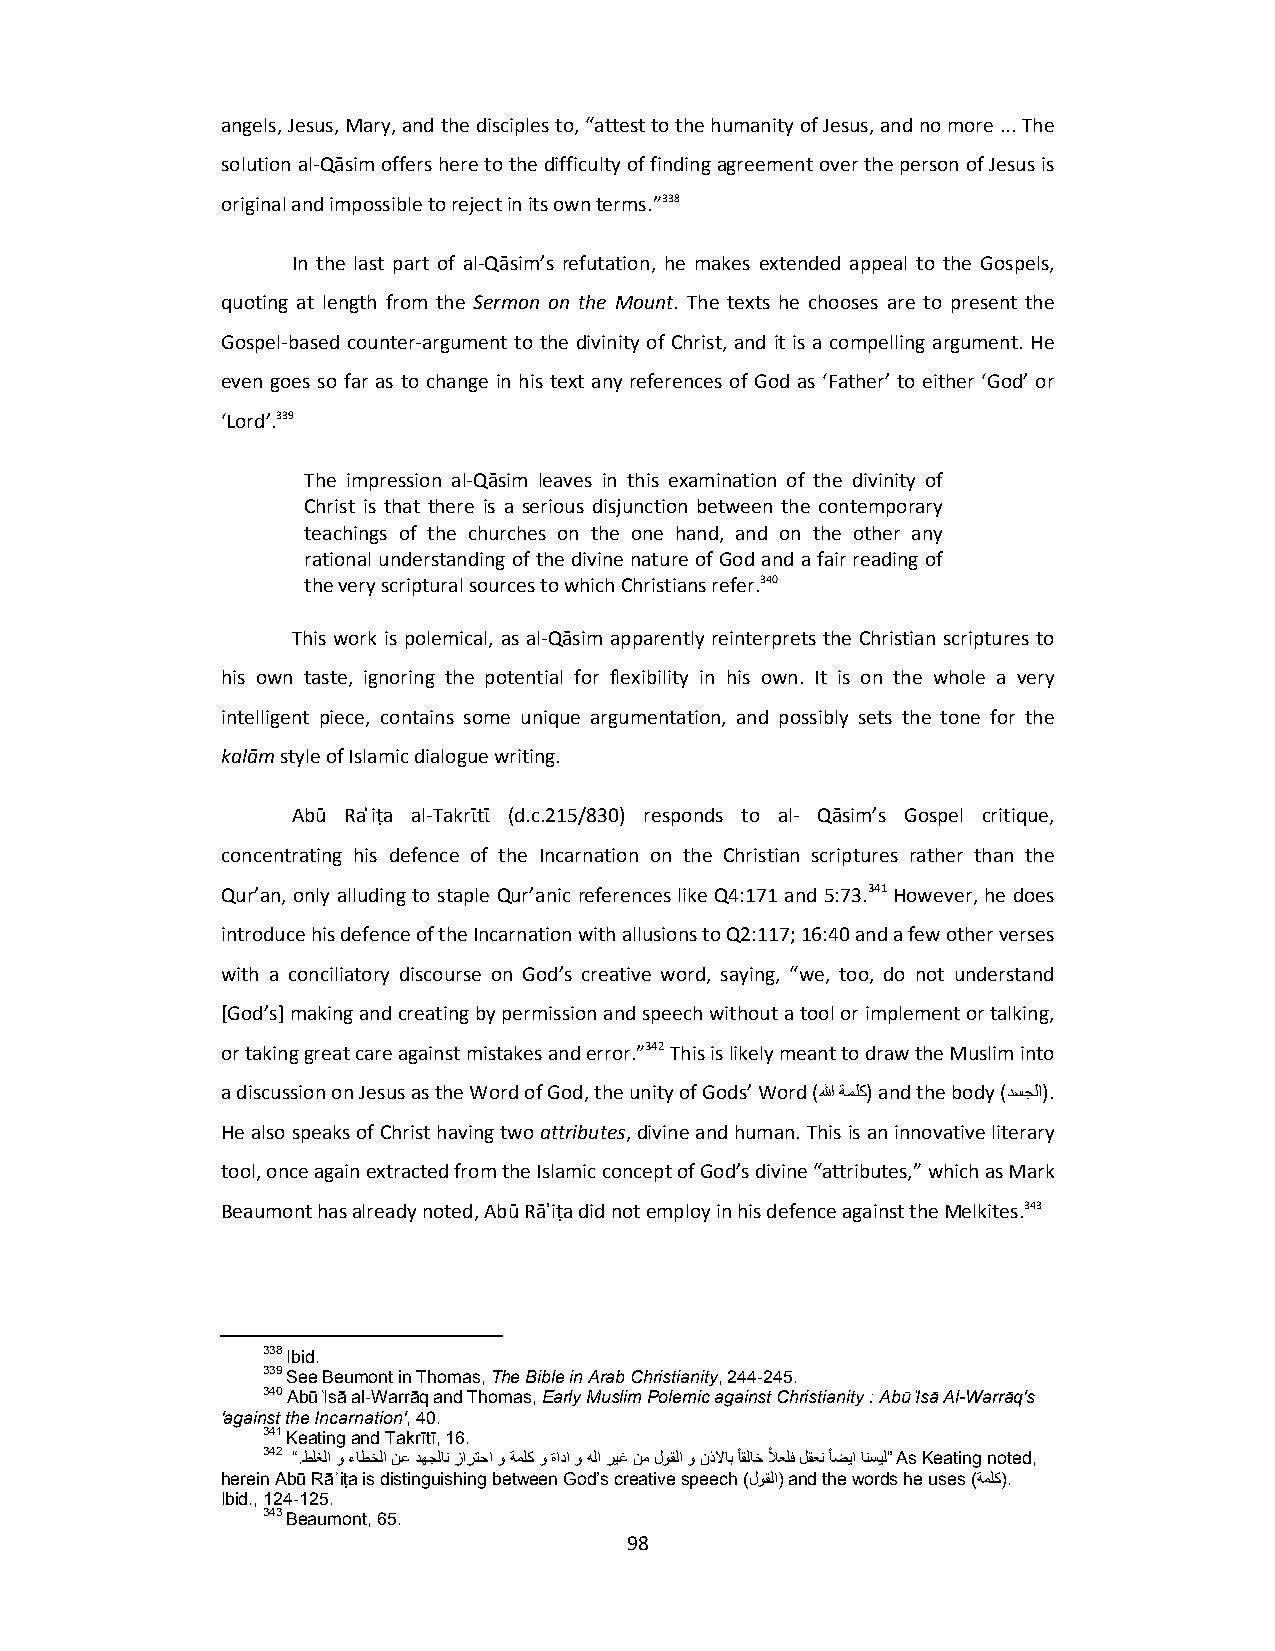
angels, Jesus, Mary, and the disciples to, “attest to the humanity of Jesus, and no more ... The
 solution al‐Qāsim offers here to the difficulty of finding agreement over the person of Jesus is
 original and impossible to reject in its own terms.”338
 In the last part of al‐Qāsim’s refutation, he makes extended appeal to the Gospels,
 quoting at length from the Sermon on the Mount. The texts he chooses are to present the
 Gospel‐based counter‐argument to the divinity of Christ, and it is a compelling argument. He
 even goes so far as to change in his text any references of God as ‘Father’ to either ‘God’ or
 ‘Lord’.339
 The impression al‐Qāsim leaves in this examination of the divinity of
 Christ is that there is a serious disjunction between the contemporary
 teachings of the churches on the one hand, and on the other any
 rational understanding of the divine nature of God and a fair reading of
 the very scriptural sources to which Christians refer.340
 This work is polemical, as al‐Qāsim apparently reinterprets the Christian scriptures to
 his own taste, ignoring the potential for flexibility in his own. It is on the whole a very
 intelligent piece, contains some unique argumentation, and possibly sets the tone for the
 kalām style of Islamic dialogue writing.
 Abū Ra ͗iṭa al‐Takrῑtῑ (d.c.215/830) responds to al‐ Qāsim’s Gospel critique,
 concentrating his defence of the Incarnation on the Christian scriptures rather than the
 Qur’an, only alluding to staple Qur’anic references like Q4:171 and 5:73.341 However, he does
 introduce his defence of the Incarnation with allusions to Q2:117; 16:40 and a few other verses
 with a conciliatory discourse on God’s creative word, saying, “we, too, do not understand
 [God’s] making and creating by permission and speech without a tool or implement or talking,
 or taking great care against mistakes and error.”342 This is likely meant to draw the Muslim into
 a discussion on Jesus as the Word of God, the unity of Gods’ Word (ﷲ ةملك) and the body (دسجلا).
 He also speaks of Christ having two attributes, divine and human. This is an innovative literary
 tool, once again extracted from the Islamic concept of God’s divine “attributes,” which as Mark
 Beaumont has already noted, Abū Rāʾiṭa did not employ in his defence against the Melkites.343
 338 Ibid.
 339 See Beumont in Thomas, The Bible in Arab Christianity, 244-245.
 340 Abū ͑Isā al-Warrāq and Thomas, Early Muslim Polemic against Christianity : Abū ͑Isā Al-Warrāq's
 'against the Incarnation', 40.
 341 Keating and Takrītī, 16.
 342 “.طلغلا و ءاطخلا نع دھجلان زارتحا و ةملك و ةادا و هلا ريغ نم لوقلا و نذلااب ًاقلاخ ًلاعلف لقعن ًاضيا انسيل” As Keating noted,
 herein Abū Rāʾiṭa is distinguishing between God’s creative speech (لوقلا) and the words he uses (ةملك).
 Ibid., 124-125.
 343 Beaumont, 65.
 98